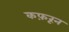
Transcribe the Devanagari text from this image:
कफ़रून